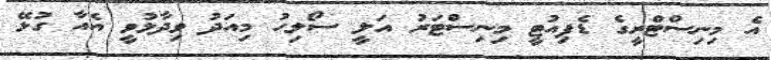
އެ މިނިސްޓްރީގެ ޑެޕިއުޓީ މިނިސްޓަރު އަލީ ސޯލިހު މިއަދު ވިދާޅުވީ އެއާ ގުޅޭ